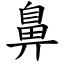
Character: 鼻